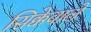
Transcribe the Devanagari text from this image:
सिक्केवाले